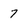
Character: 7